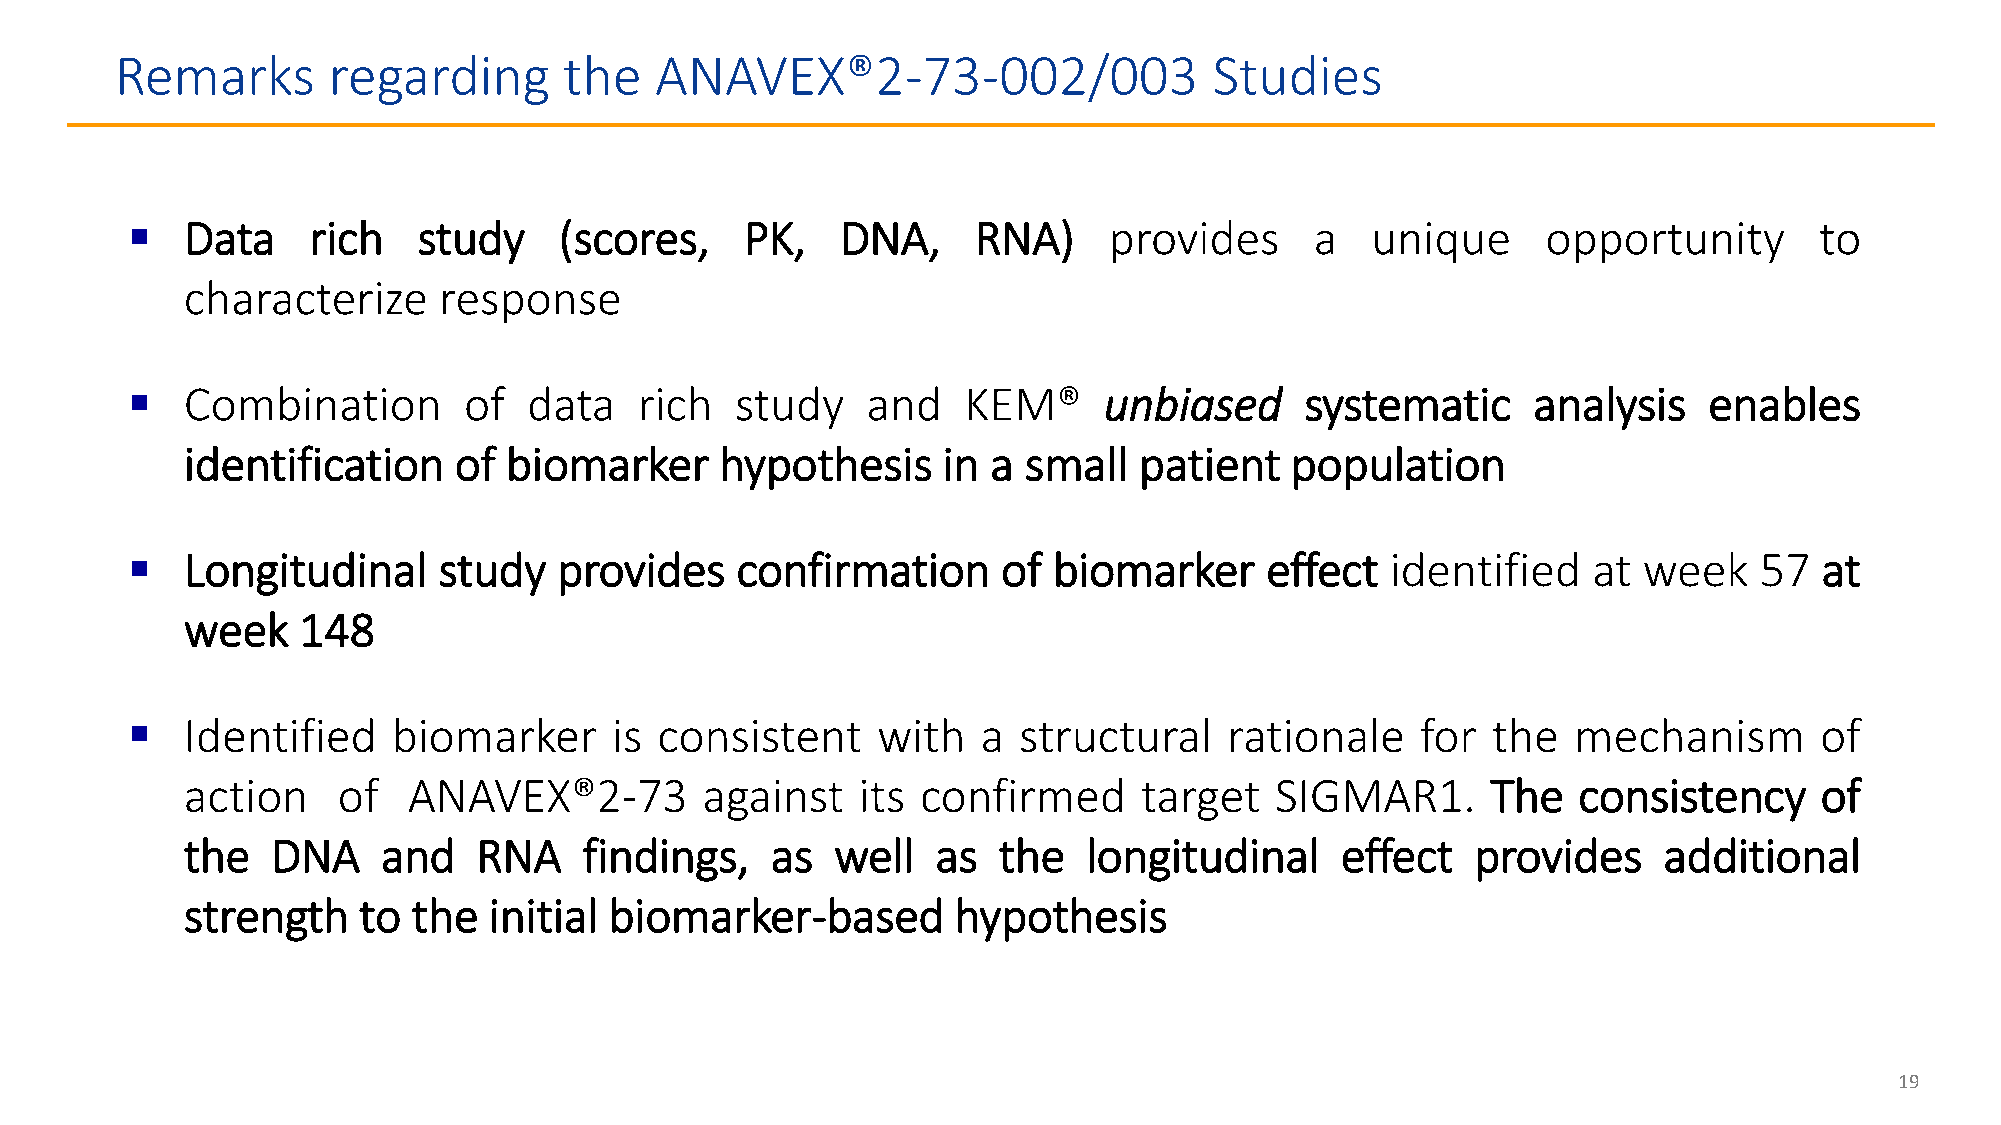
Remarks       regarding      the   ANAVEX®2-73-002/003                  Studies
    Data    rich    study    (scores,    PK,    DNA,     RNA)    provides      a   unique     opportunity       to
 characterize     response
    Combination        of  data   rich   study   and    KEM®     unbiased     systematic     analysis    enables
 identification    of biomarker      hypothesis    in  a small  patient   population
    Longitudinal     study   provides    confirmation     of  biomarker     effect  identified   at  week   57   at
 week    148
    Identified    biomarker      is consistent    with   a structural    rationale    for  the  mechanism       of
 action    of   ANAVEX®2-73        against    its confirmed     target   SIGMAR1.       The  consistency     of
 the   DNA    and    RNA    findings,   as  well   as  the   longitudinal     effect   provides    additional
 strength    to the  initial biomarker-based        hypothesis
 19